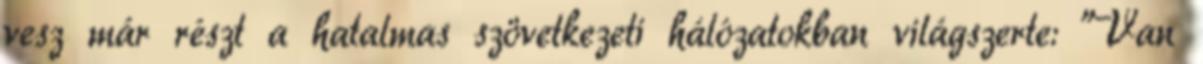
vesz már részt a hatalmas szövetkezeti hálózatokban világszerte: "Van